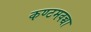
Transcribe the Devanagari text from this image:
कण्टमवच्चा